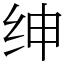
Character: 绅